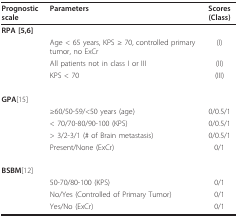
<table><thead><tr><td><b>Prognostic scale</b></td><td><b>Parameters</b></td><td><b>Scores (Class)</b></td></tr></thead><tbody><tr><td><b>RPA </b>[5,6]</td><td></td><td></td></tr><tr><td></td><td>Age &lt; 65 years, KPS ≥ 70, controlled primary tumor, no ExCr</td><td>(I)</td></tr><tr><td></td><td>All patients not in class I or III</td><td>(II)</td></tr><tr><td></td><td>KPS &lt; 70</td><td>(III)</td></tr><tr><td><b>GPA</b>[15]</td><td></td><td></td></tr><tr><td></td><td>≥60/50-59/&lt;50 years (age)</td><td>0/0.5/1</td></tr><tr><td></td><td>&lt; 70/70-80/90-100 (KPS)</td><td>0/0.5/1</td></tr><tr><td></td><td>&gt; 3/2-3/1 (# of Brain metastasis)</td><td>0/0.5/1</td></tr><tr><td></td><td>Present/None (ExCr)</td><td>0/1</td></tr><tr><td><b>BSBM</b>[12]</td><td></td><td></td></tr><tr><td></td><td>50-70/80-100 (KPS)</td><td>0/1</td></tr><tr><td></td><td>No/Yes (Controlled of Primary Tumor)</td><td>0/1</td></tr><tr><td></td><td>Yes/No (ExCr)</td><td>0/1</td></tr></tbody></table>